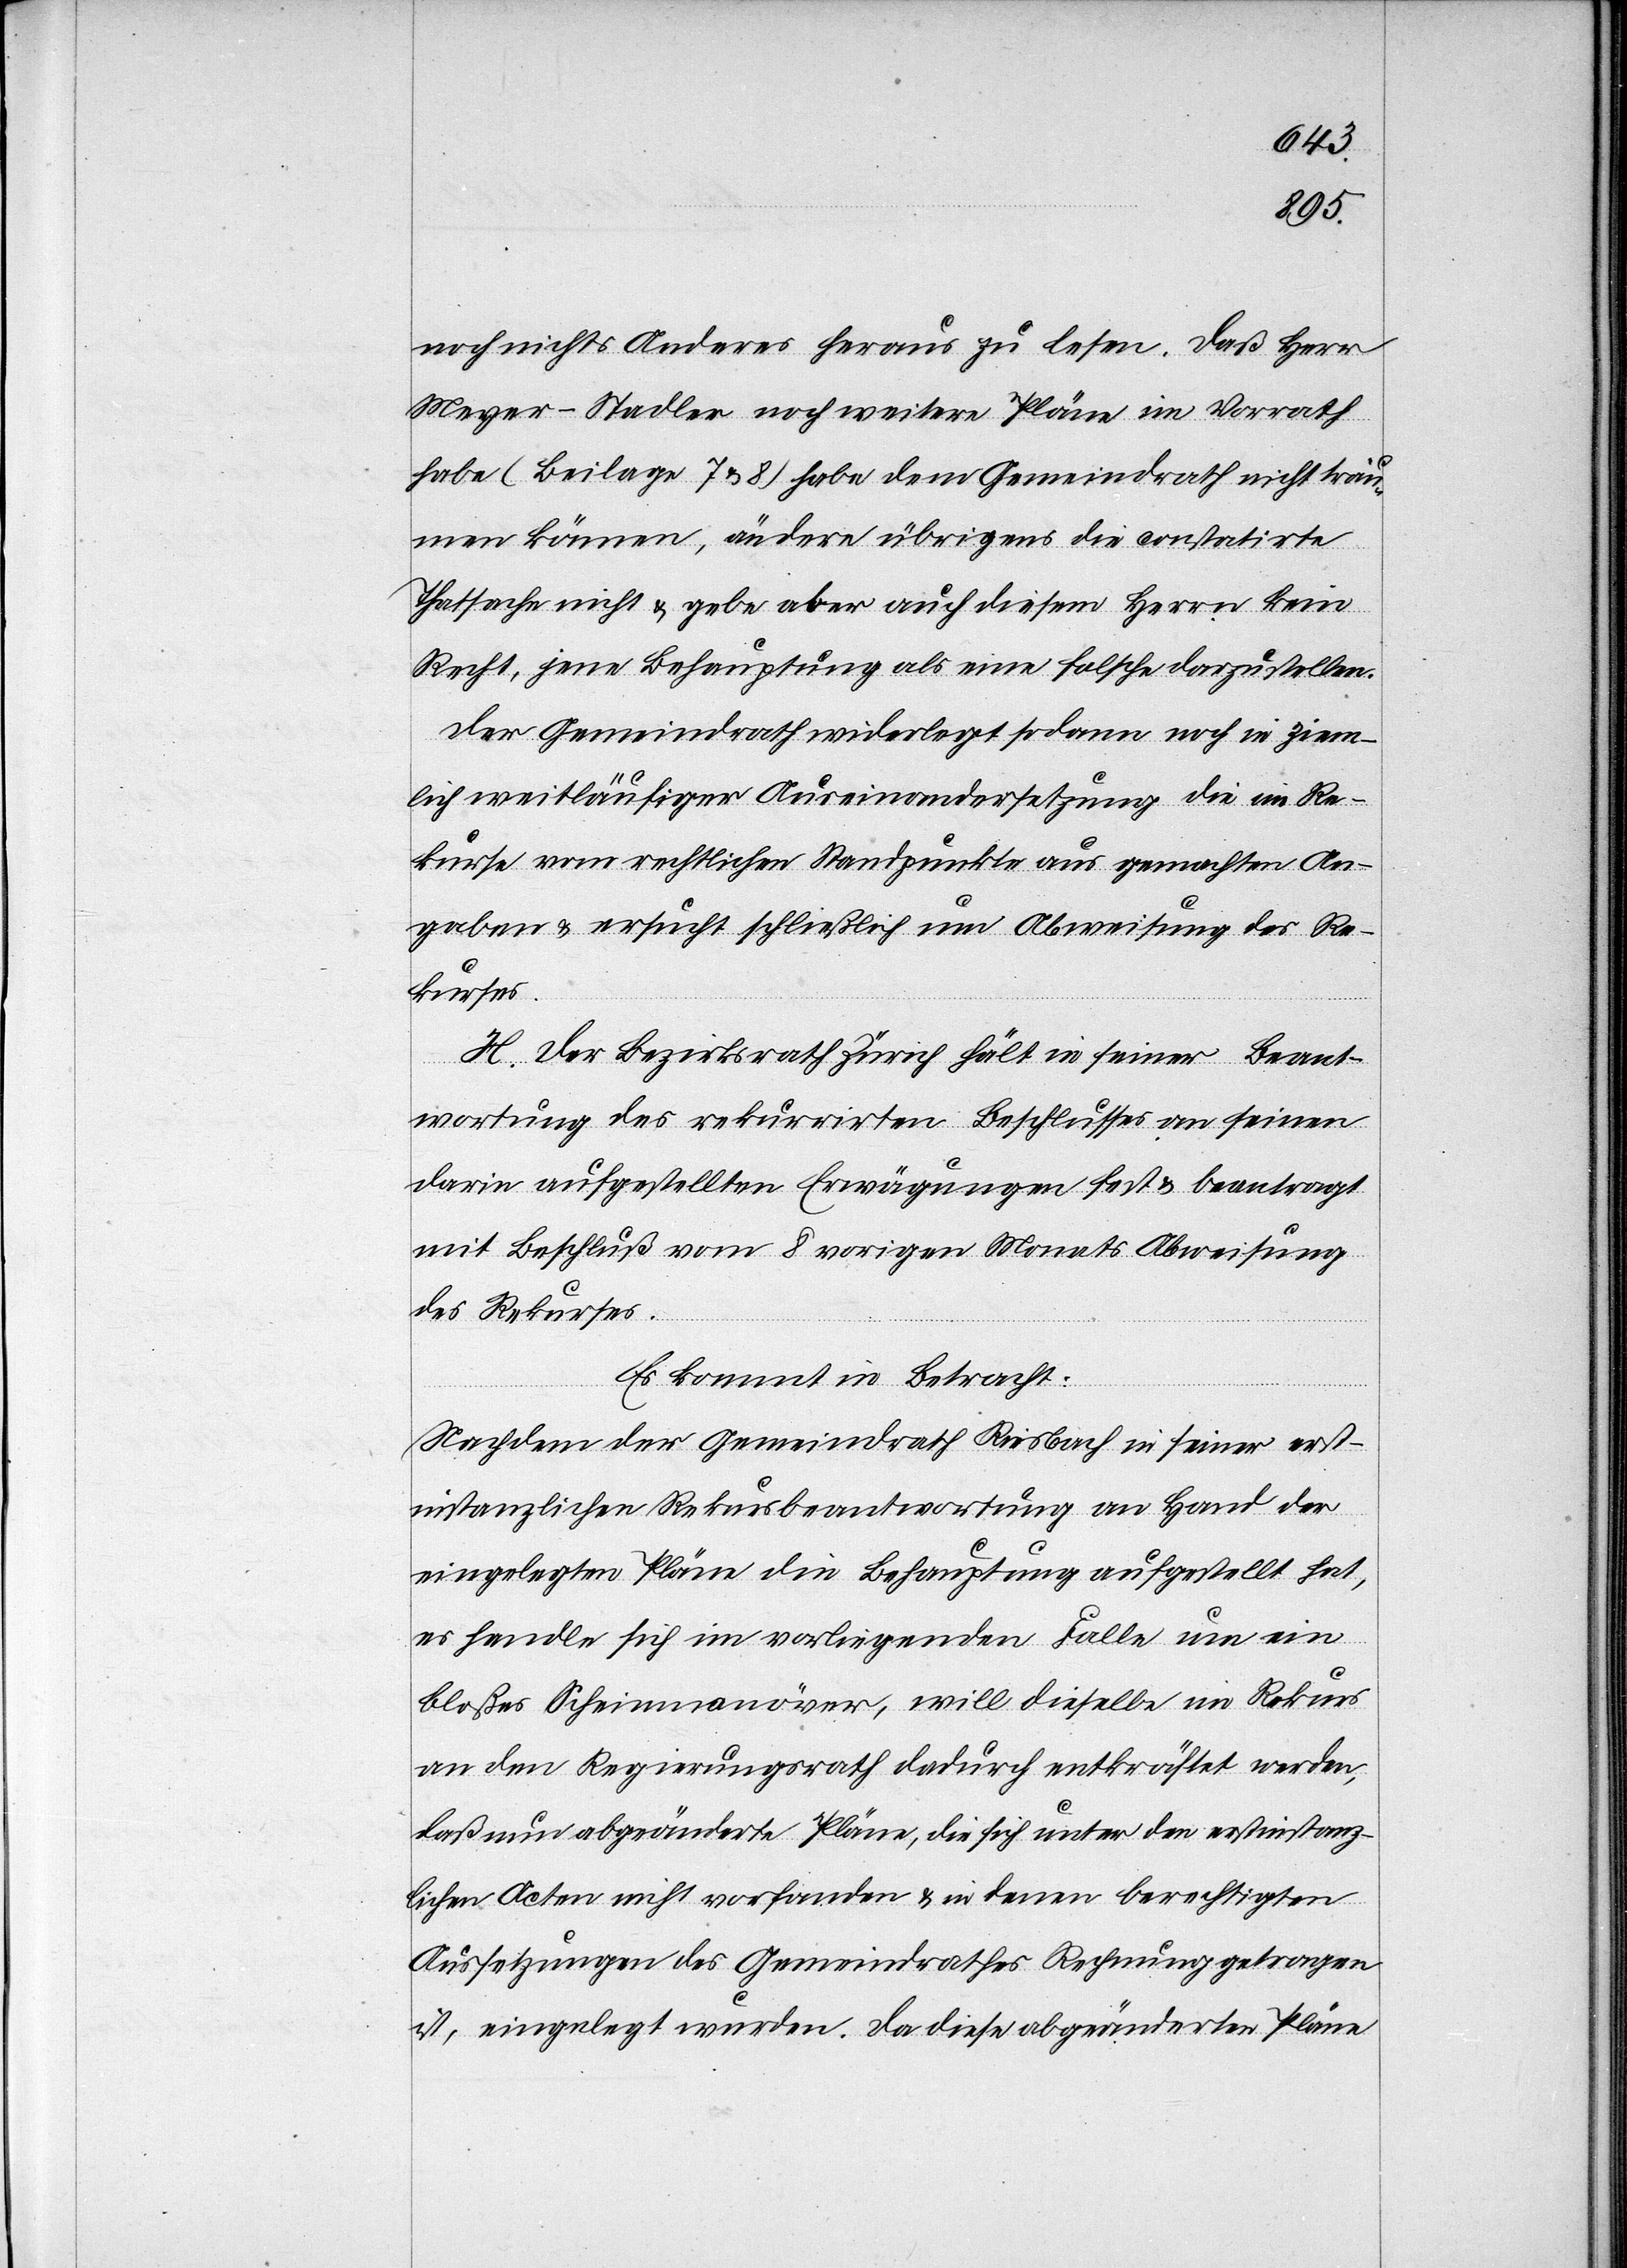
noch nichts Anderes heraus zu lesen. Daß Herr
Meyer-Stadler noch weitere Pläne im Vorrath
habe (Beilage 7 & 8) habe dem Gemeindrath nicht träu¬
men können, ändere übrigens die constatirte
Thatsache nicht & gebe aber auch diesem Herrn kein
Recht, jene Behauptung als eine falsche darzustellen.
Der Gemeindrath widerlegt sodann noch in ziem¬
lich weitläufiger Auseinandersetzung die im Re¬
kurse vom rechtlichen Standpunkte aus gemachten An¬
gaben & ersucht schließlich um Abweisung des Re¬
kurses.
H. Der Bezirksrath hält in seiner Beant¬
wortung des rekurrirten Beschlusses an seine¬
n aufgestellten Erwägungen fest & beantragt
mit Beschluß vom 8. vorigen Monats Abweisung
des Rekurses.
Es kommt in Betracht:
Nachdem der Gemeindrath Riesbach in seiner erst¬
instanzlichen Rekursbeantwortung an Hand der
eingelegten Pläne die Behauptung aufgestellt hat,
es handle sich im vorliegenden Falle um ein
bloßes Scheinmanöver, will dieselbe im Rekurs
an den Regierungsrath dadurch entkräftet werden,
daß nun abgeänderte Pläne, die sich unter den erstinstanz¬
lichen Acten nicht vorfinden & in denen berechtigten
Aussetzungen des Gemeindrathes Rechnung getragen
ist, eingelegt wurden. Da diese abgeänderten Pläne